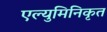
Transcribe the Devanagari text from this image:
एल्युमिनिकृत